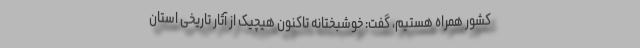
کشور همراه هستیم، گفت: خوشبختانه تاکنون هیچیک از آثار تاریخی استان